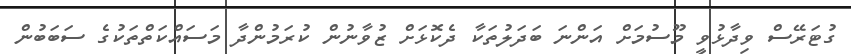
ގުޓަރޭސް ވިދާޅުވީ މޫސުމަށް އަންނަ ބަދަލުތަކާ ދެކޮޅަށް ޒުވާނުން ކުރަމުންދާ މަސައްކަތްތަކުގެ ސަބަބުން